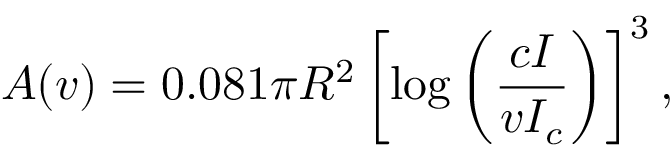
A ( v ) = 0 . 0 8 1 \pi R ^ { 2 } \left[ \log \left( { \frac { c I } { v I _ { c } } } \right) \right] ^ { 3 } ,